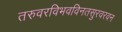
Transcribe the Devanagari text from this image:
तरुवरविभवविनतसुरवरवन